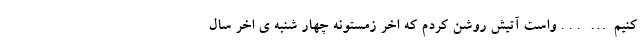
کنیم… . . . واست آتیش روشن کردم که اخر زمستونه چهار شنبه ی اخر سال